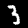
Label: 3